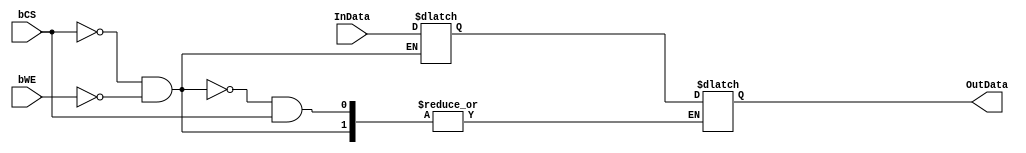
module SRAMCELL (InData, OutData, bCS, bWE);

// Declare input/output signals
input InData;
output OutData;
input bCS;
input bWE;

// Internal register/wire
reg d;
reg OutData;



// Functional Module Description
always @(InData or bCS or bWE)	// Sensitivity
begin
        if (!bCS && !bWE)
            d <= InData;
        else if(!bCS)
            OutData <= d;
end
endmodule